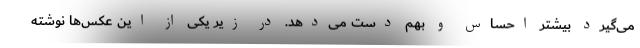
می‌گیرد بیشتر احساس و بهم دست ‌می‌دهد. در زیر یکی از این عکس‌ها نوشته